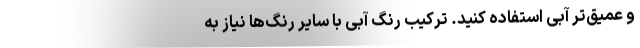
و عمیق‌تر آبی استفاده کنید. ترکیب رنگ آبی با سایر رنگ‌ها نیاز به